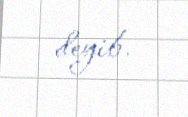
deyib.